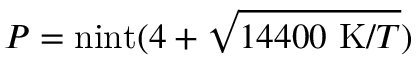
P = \mathrm { n i n t } ( 4 + \sqrt { 1 4 4 0 0 ~ \mathrm { K } / T } )